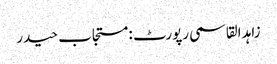
زاہد القاسمی رپورٹ : مستجاب حیدر